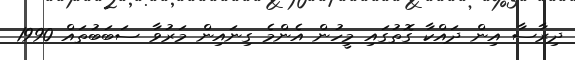
ދިރާސާ އިން ދައްކާ ގޮތުގައި މީހުން އެންމެ ގިނައިން މަރުވާ ސަބަބުތައް 1990